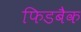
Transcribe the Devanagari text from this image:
फिडबैक